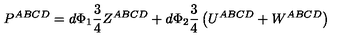
P ^ { A B C D } = d \Phi _ { 1 } \frac { 3 } { 4 } Z ^ { A B C D } + d \Phi _ { 2 } \frac { 3 } { 4 } \left( U ^ { A B C D } + W ^ { A B C D } \right)